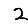
Digit: 2